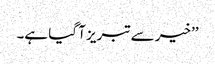
’’خیر سے تبریز آ گیا ہے۔